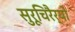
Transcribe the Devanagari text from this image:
सुरूचिरैर्यो